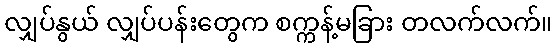
လျှပ်နွယ် လျှပ်ပန်းတွေက စက္ကန့်မခြား တလက်လက်။